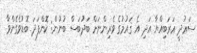
ސަޢުދީ ޢަރަބިއްޔާ އަދި އެ ޤައުމުގެ ވެރިންނަށް ބަދުބަސް ބުނުން: ކޮންފަދަ ބޮޑުވެގެންވާ